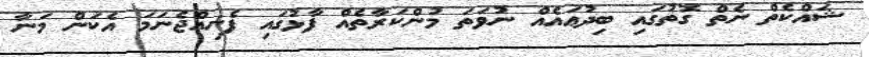
ޝައްކެތް ނެތް ގޮތުގައި ބިދުޢައެއް ނުވަތަ މުންކަރާތެއް ފާޅުގައި ފެނިއްޖެނަމަ އެކަން މަނާ